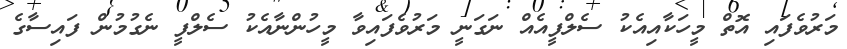
މަރުވެފައި އޮތް މީހަކާއިއެކު ސެލްފީއެއް ނަގަނީ މަރުވެފައިވާ މީހުންނާއެކު ސެލްފީ ނެގުމުން ފައިސާގެ